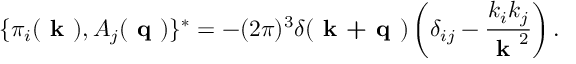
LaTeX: \{ \pi _ { i } ( \textbf { k } ) , A _ { j } ( \textbf { q } ) \} ^ { * } = - ( 2 \pi ) ^ { 3 } \delta ( \textbf { k + q } ) \left( \delta _ { i j } - \frac { k _ { i } k _ { j } } { \textbf { k } ^ { 2 } } \right) .